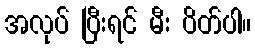
အလုပ် ပြီးရင် မီး ပိတ်ပါ။